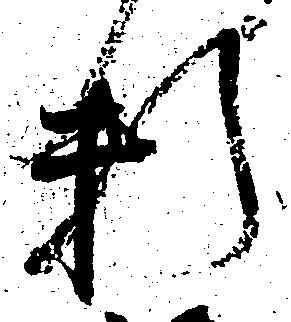
料